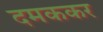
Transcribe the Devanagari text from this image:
दमककर